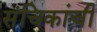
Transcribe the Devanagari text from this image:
संचिकांची